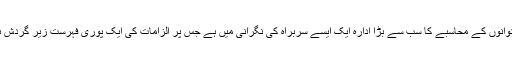
بدعنوانوں کے محاسبے کا سب سے بڑا ادارہ ایک ایسے سربراہ کی نگرانی میں ہے جس پر الزامات کی ایک پوری فہرست زیر گردش ہے۔